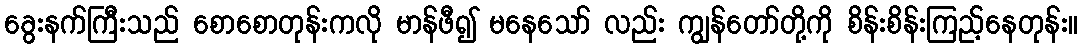
ခွေးနက်ကြီးသည် စောစောတုန်းကလို မာန်ဖီ၍ မနေသော် လည်း ကျွန်တော်တို့ကို စိန်းစိန်းကြည့်နေတုန်း။